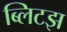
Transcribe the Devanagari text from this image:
ब्लिटझ